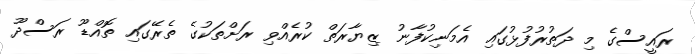
ރައީސްގެ މި ދަތުރުފުޅުގައި އެމަނިކުފާނު ޒިޔާރަތް ކުރެއްވި ރަށްތަކުގެ ތެރޭގައި ތޮއްޑޫ ރަސްދޫ